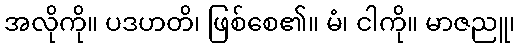
အလိုကို။ ပဒဟတိ၊ ဖြစ်စေ၏။ မံ၊ ငါကို။ မာဇညူ၊